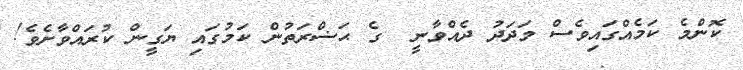
ކޮންމެ ކަމެއްގައިވެސް މަދަދު ދެއްވާނީ  ގެ ޙަޟްރަތުން ކަމުގައި ޔަގީން ކުރައްވާށެވެ!